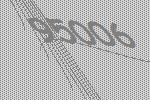
95006